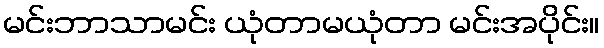
မင်းဘာသာမင်း ယုံတာမယုံတာ မင်းအပိုင်း။